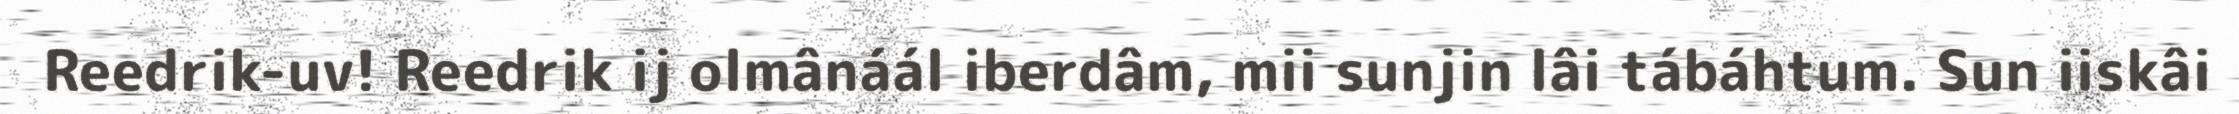
Reedrik-uv! Reedrik ij olmânáál iberdâm, mii sunjin lâi tábáhtum. Sun iiskâi